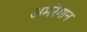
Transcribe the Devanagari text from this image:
अमरेशन